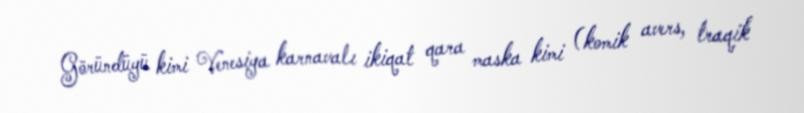
Göründüyü kimi Venesiya karnavalı ikiqat qara maska kimi (komik avers, traqik